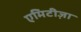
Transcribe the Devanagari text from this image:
एमिटीज़ा